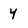
Character: 4